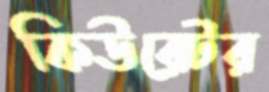
কিউরেটর